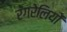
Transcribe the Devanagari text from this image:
रंगरेलियों